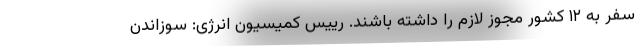
سفر به ۱۲ کشور مجوز لازم را داشته باشند. رییس کمیسیون انرژی: سوزاندن